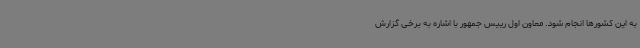
به این کشورها انجام شود. معاون اول رییس جمهور با اشاره به برخی گزارش